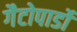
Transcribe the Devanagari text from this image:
गैटोपार्डो